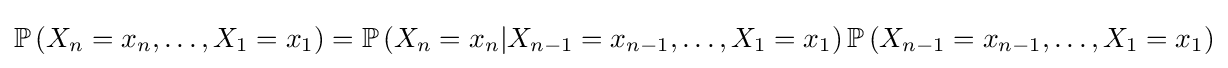
\mathbb {P} \left(X_{n}=x_{n},\ldots ,X_{1}=x_{1}\right)=\mathbb {P} \left(X_{n}=x_{n}|X_{n-1}=x_{n-1},\ldots ,X_{1}=x_{1}\right)\mathbb {P} \left(X_{n-1}=x_{n-1},\ldots ,X_{1}=x_{1}\right)